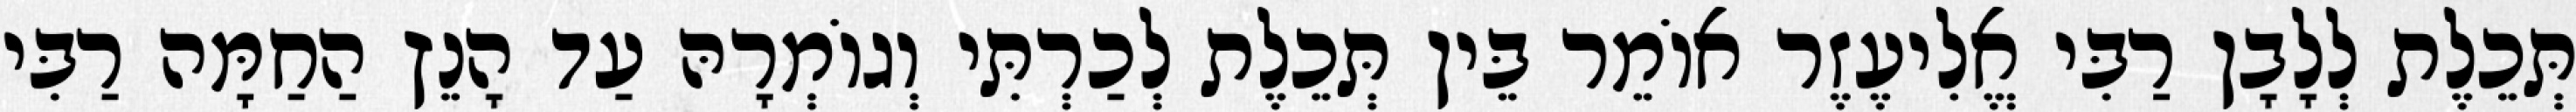
תְּכֵלֶת לְלָבָן רַבִּי אֱלִיעֶזֶר אוֹמֵר בֵּין תְּכֵלֶת לְכַרְתִּי וְגוֹמְרָהּ עַד הָנֵץ הַחַמָּה רַבִּי